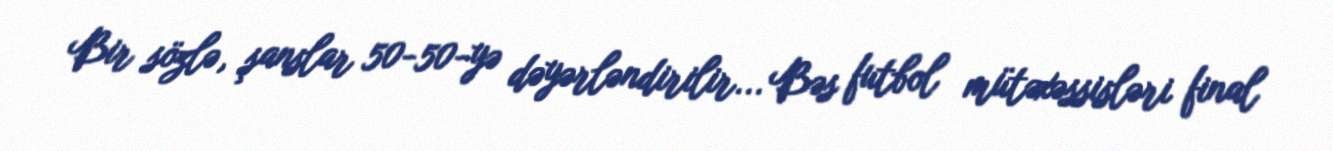
Bir sözlə, şanslar 50-50-yə dəyərləndirilir... Bəs futbol mütəxəssisləri final